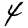
Digit: 4